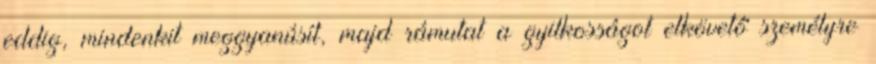
eddig, mindenkit meggyanúsít, majd rámutat a gyilkosságot elkövető személyre